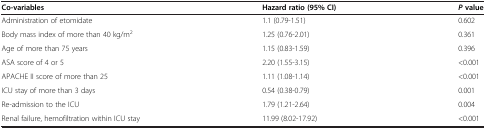
<table><thead><tr><td><b>Co-variables</b></td><td><b>Hazard ratio (95%CI)</b></td><td><b><i>P</i>value</b></td></tr></thead><tbody><tr><td>Administration of etomidate</td><td>1.1 (0.79-1.51)</td><td>0.602</td></tr><tr><td>Body mass index of more than 40 kg/m<sup>2</sup></td><td>1.25 (0.76-2.01)</td><td>0.361</td></tr><tr><td>Age of more than 75 years</td><td>1.15 (0.83-1.59)</td><td>0.396</td></tr><tr><td>ASA score of 4 or 5</td><td>2.20 (1.55-3.15)</td><td>&lt;0.001</td></tr><tr><td>APACHE II score of more than 25</td><td>1.11 (1.08-1.14)</td><td>&lt;0.001</td></tr><tr><td>ICU stay of more than 3 days</td><td>0.54 (0.38-0.79)</td><td>0.001</td></tr><tr><td>Re-admission to the ICU</td><td>1.79 (1.21-2.64)</td><td>0.004</td></tr><tr><td>Renal failure, hemofiltration within ICU stay</td><td>11.99 (8.02-17.92)</td><td>&lt;0.001</td></tr></tbody></table>